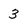
Character: 3